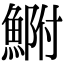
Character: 𩷺